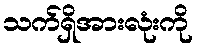
သက်ရှိအားလုံးကို